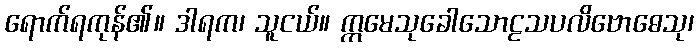
ရောက်ရကုန်၏။ ဒါရက၊ သူငယ်။ ဣမေသုခေါသောဠသပလိဗောဓေသု၊